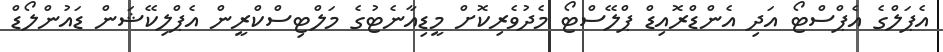
އެޕަލްގެ އެޕްސްޓޯ އަދި އެންޑްރޮއިޑް ޕްލޭސްޓޯ މެދުވެރިކޮށް މީޑިއާނެޓުގެ މަލްޓިސްކްރީން އެޕްލިކޭޝަން ޑައުންލޯޑް